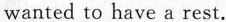
wanted to have a rest.